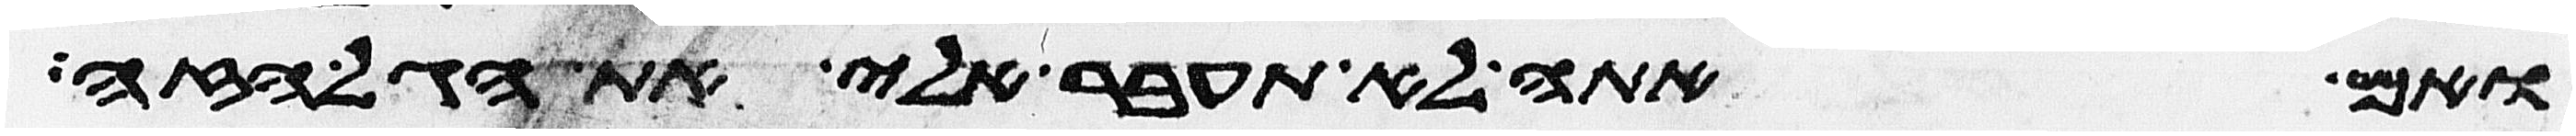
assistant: ואם אתה לא תעבר אלי את הגל הזה